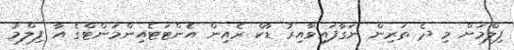
ފިލްމަށް މި ދެ ތަރިން ނަގާފައިވާއިރު ޑާކް ރެއިން އެންޓަޓެއިންމަންޓްގެ އާ ފިލްމު